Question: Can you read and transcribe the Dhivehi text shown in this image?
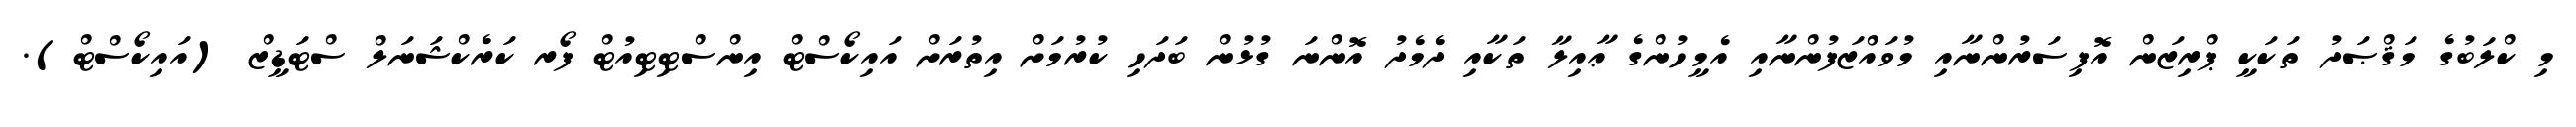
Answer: މި ކްލަބުގެ މަޤްޞަދު ތަކަކީ ޕްރިޒަން އޮފިސަރުންނާއި މުވައްޒަފުންނާއި އެމީހުންގެ ޢާއިލާ ތަކާއި ދެމެދު އޮންނަ ގުޅުން ބަދަހި ކުރުމަށް އިތުރަށް އައިކޯސްޓް އިންސްޓިޓިއުޓް ފޯރ ކަރެކްޝަނަލް ސްޓަޑީޒް (އައިކޯސްޓް).